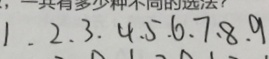
1 . 2 . 3 . 4 . 5 . 6 . 7 . 8 . 9